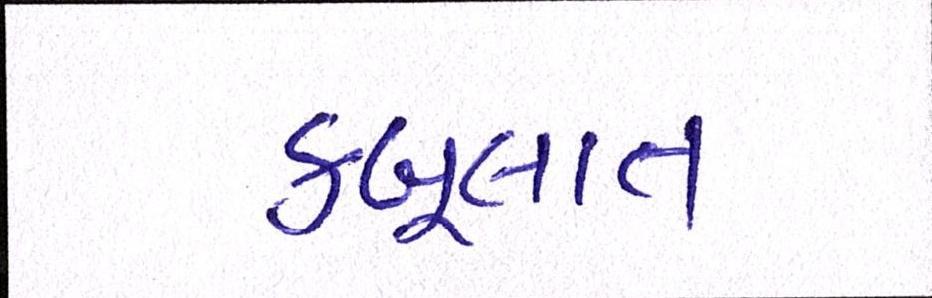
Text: કબૂલાત